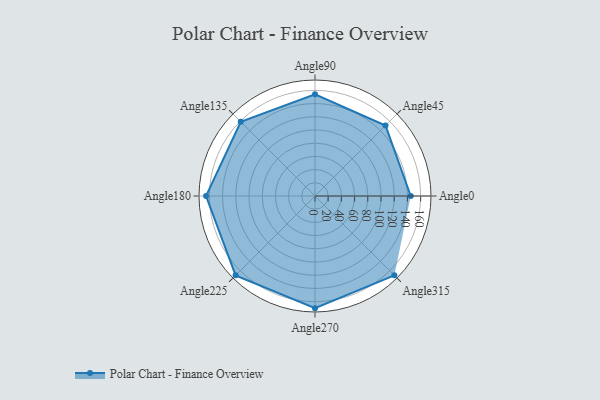
{"axis": {"x": "Angle", "y": "Radius"}, "legend": [""], "data": [{"x": "Angle0", "y": 145.0, "type": ""}, {"x": "Angle45", "y": 151.0, "type": ""}, {"x": "Angle90", "y": 154.0, "type": ""}, {"x": "Angle135", "y": 159.0, "type": ""}, {"x": "Angle180", "y": 165.0, "type": ""}, {"x": "Angle225", "y": 170, "type": ""}, {"x": "Angle270", "y": 170, "type": ""}, {"x": "Angle315", "y": 170, "type": ""}]}